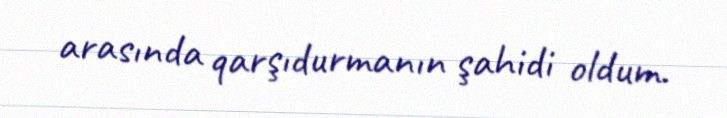
arasında qarşıdurmanın şahidi oldum.